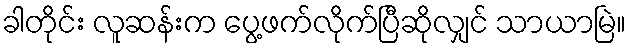
ခါတိုင်း လူဆန်းက ပွေ့ဖက်လိုက်ပြီဆိုလျှင် သာယာမြဲ။